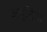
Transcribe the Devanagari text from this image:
अमृतिया